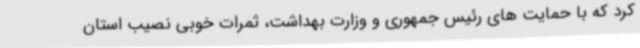
کرد که با حمایت های رئیس جمهوری و وزارت بهداشت، ثمرات خوبی نصیب استان